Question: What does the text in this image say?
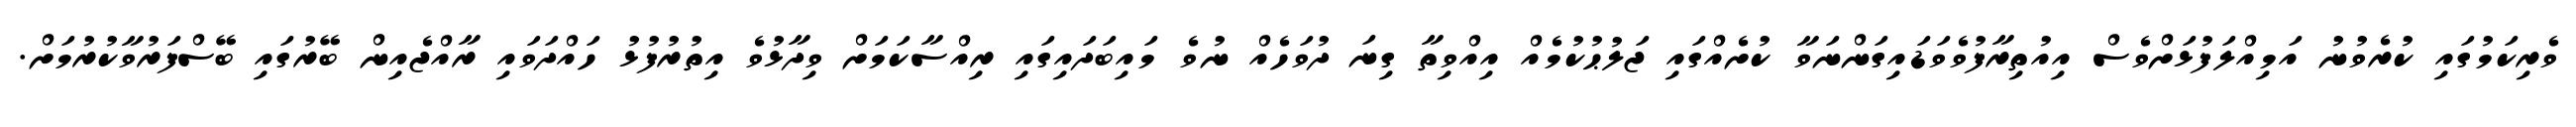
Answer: ވެރިކަމުގައި ކުރެވުނު އަމިއްލަފުޅަށްވެސް އިއުތިރާފުވެވަޑައިގަންނަވާ ކުށެއްގައި ޖަލުޙުކުމެއް އިއްވިތާ ގިނަ ދުވަހެއް ނުވެ މައިބަދައިގައި ރިއްސާކަމަށް ވިދާޅުވެ އިތުރުފުޅު ހައްދަވައި ރާއްޖެއިން ބޭރުގައި ބޭސްފަރުވާކުރުމަށް.